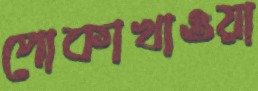
পোকাখাওয়া